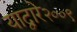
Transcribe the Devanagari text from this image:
याद्वारे२००९